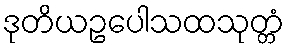
ဒုတိယဥပေါသထသုတ္တံ